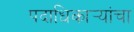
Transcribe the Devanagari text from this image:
पदाधिकार्‍यांचा